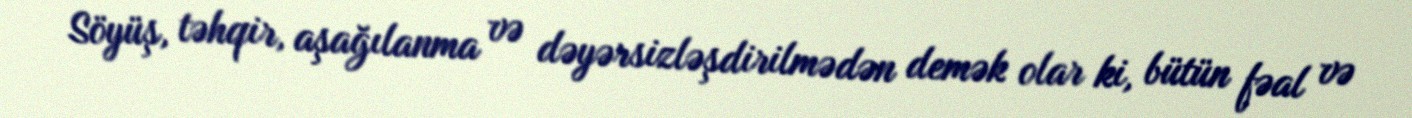
Söyüş, təhqir, aşağılanma və dəyərsizləşdirilmədən demək olar ki, bütün fəal və